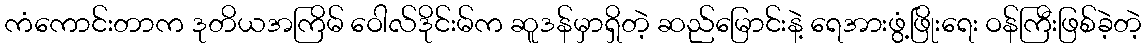
ကံကောင်းတာက ဒုတိယအကြိမ် ဝေါလ်ဒိုင်းမ်က ဆူဒန်မှာရှိတဲ့ ဆည်မြောင်းနဲ့ ရေအားဖွံ့ဖြိုးရေး ဝန်ကြီးဖြစ်ခဲ့တဲ့